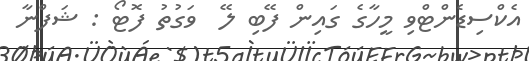
އެކްސިޑެންޓްވި މީހާގެ ގައިން ފޭބި ލޭ  ވަގުތު ފޮޓޯ : ޝަފްނާ